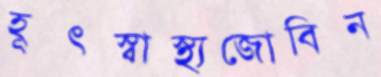
হূৎস্বাস্থ্যজোবিন